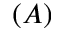
\left( A \right)